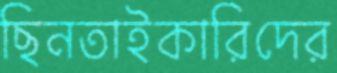
ছিনতাইকারিদের